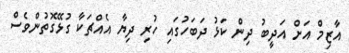
އާޒިމް އަށް އަދީބު ދިން ކަޅު ދަބަހުގައި ހުރި ދިޔާ އެއްޗަކާ ގުޅޭގޮތުންވެސް